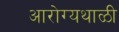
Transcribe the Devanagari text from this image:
आरोग्यथाळी